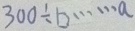
3 0 0 \div b \cdots a